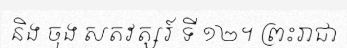
និង ចុង សតវត្សរ៍ ទី ១២។ ព្រះរាជា